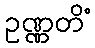
ဥဏ္ဏတိံ